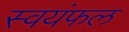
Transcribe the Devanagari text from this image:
स्वयंफल